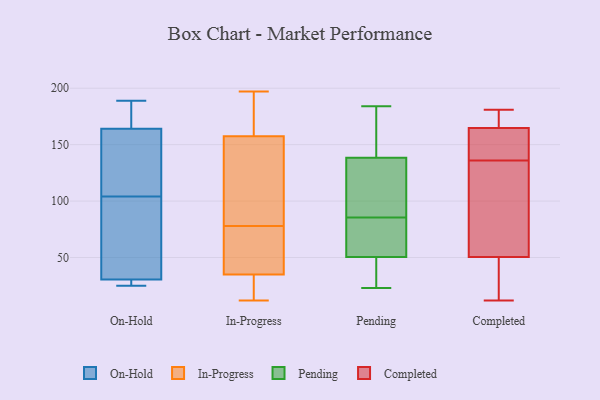
{"axis": {"x": "Page Views", "y": "Value"}, "legend": ["Completed", "In-Progress", "On-Hold", "Pending"], "data": [{"x": "", "y": 123, "type": "On-Hold"}, {"x": "", "y": 29, "type": "On-Hold"}, {"x": "", "y": 29, "type": "On-Hold"}, {"x": "", "y": 104, "type": "On-Hold"}, {"x": "", "y": 25, "type": "On-Hold"}, {"x": "", "y": 52, "type": "On-Hold"}, {"x": "", "y": 31, "type": "On-Hold"}, {"x": "", "y": 170, "type": "On-Hold"}, {"x": "", "y": 40, "type": "On-Hold"}, {"x": "", "y": 189, "type": "On-Hold"}, {"x": "", "y": 162, "type": "On-Hold"}, {"x": "", "y": 138, "type": "On-Hold"}, {"x": "", "y": 175, "type": "On-Hold"}, {"x": "", "y": 145, "type": "In-Progress"}, {"x": "", "y": 81, "type": "In-Progress"}, {"x": "", "y": 15, "type": "In-Progress"}, {"x": "", "y": 71, "type": "In-Progress"}, {"x": "", "y": 170, "type": "In-Progress"}, {"x": "", "y": 118, "type": "In-Progress"}, {"x": "", "y": 170, "type": "In-Progress"}, {"x": "", "y": 197, "type": "In-Progress"}, {"x": "", "y": 15, "type": "In-Progress"}, {"x": "", "y": 16, "type": "In-Progress"}, {"x": "", "y": 75, "type": "In-Progress"}, {"x": "", "y": 196, "type": "In-Progress"}, {"x": "", "y": 12, "type": "In-Progress"}, {"x": "", "y": 132, "type": "In-Progress"}, {"x": "", "y": 48, "type": "In-Progress"}, {"x": "", "y": 65, "type": "In-Progress"}, {"x": "", "y": 30, "type": "In-Progress"}, {"x": "", "y": 102, "type": "In-Progress"}, {"x": "", "y": 40, "type": "In-Progress"}, {"x": "", "y": 193, "type": "In-Progress"}, {"x": "", "y": 47, "type": "Pending"}, {"x": "", "y": 133, "type": "Pending"}, {"x": "", "y": 176, "type": "Pending"}, {"x": "", "y": 23, "type": "Pending"}, {"x": "", "y": 84, "type": "Pending"}, {"x": "", "y": 28, "type": "Pending"}, {"x": "", "y": 58, "type": "Pending"}, {"x": "", "y": 184, "type": "Pending"}, {"x": "", "y": 104, "type": "Pending"}, {"x": "", "y": 144, "type": "Pending"}, {"x": "", "y": 87, "type": "Pending"}, {"x": "", "y": 54, "type": "Pending"}, {"x": "", "y": 19, "type": "Completed"}, {"x": "", "y": 179, "type": "Completed"}, {"x": "", "y": 136, "type": "Completed"}, {"x": "", "y": 51, "type": "Completed"}, {"x": "", "y": 151, "type": "Completed"}, {"x": "", "y": 158, "type": "Completed"}, {"x": "", "y": 162, "type": "Completed"}, {"x": "", "y": 98, "type": "Completed"}, {"x": "", "y": 181, "type": "Completed"}, {"x": "", "y": 12, "type": "Completed"}, {"x": "", "y": 97, "type": "Completed"}, {"x": "", "y": 173, "type": "Completed"}, {"x": "", "y": 49, "type": "Completed"}]}